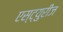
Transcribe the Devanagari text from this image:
एस्ट्युरीज